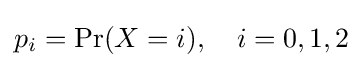
p_{i}=\mathrm {Pr} (X=i),\quad i=0,1,2